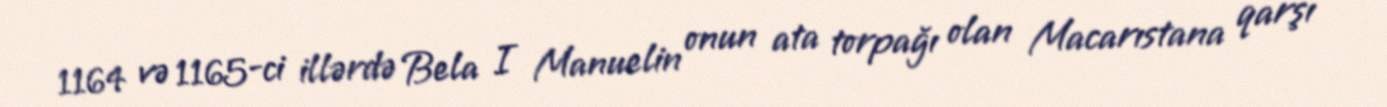
1164 və 1165-ci illərdə Bela I Manuelin onun ata torpağı olan Macarıstana qarşı